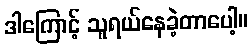
ဒါကြောင့် သူရယ်နေခဲ့တာပေါ့။